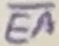
Text: EA